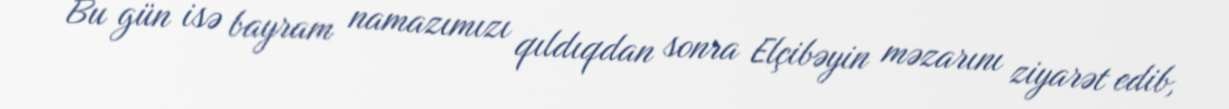
Bu gün isə bayram namazımızı qıldıqdan sonra Elçibəyin məzarını ziyarət edib,